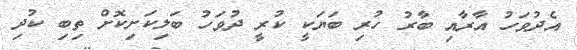
އެދުވަހު އާރާއި ބާރު ހުރި ބަޔަކީ ކުރީ ދުވަހު ބަލިކަށިކޮށް ތިބި ކުދި